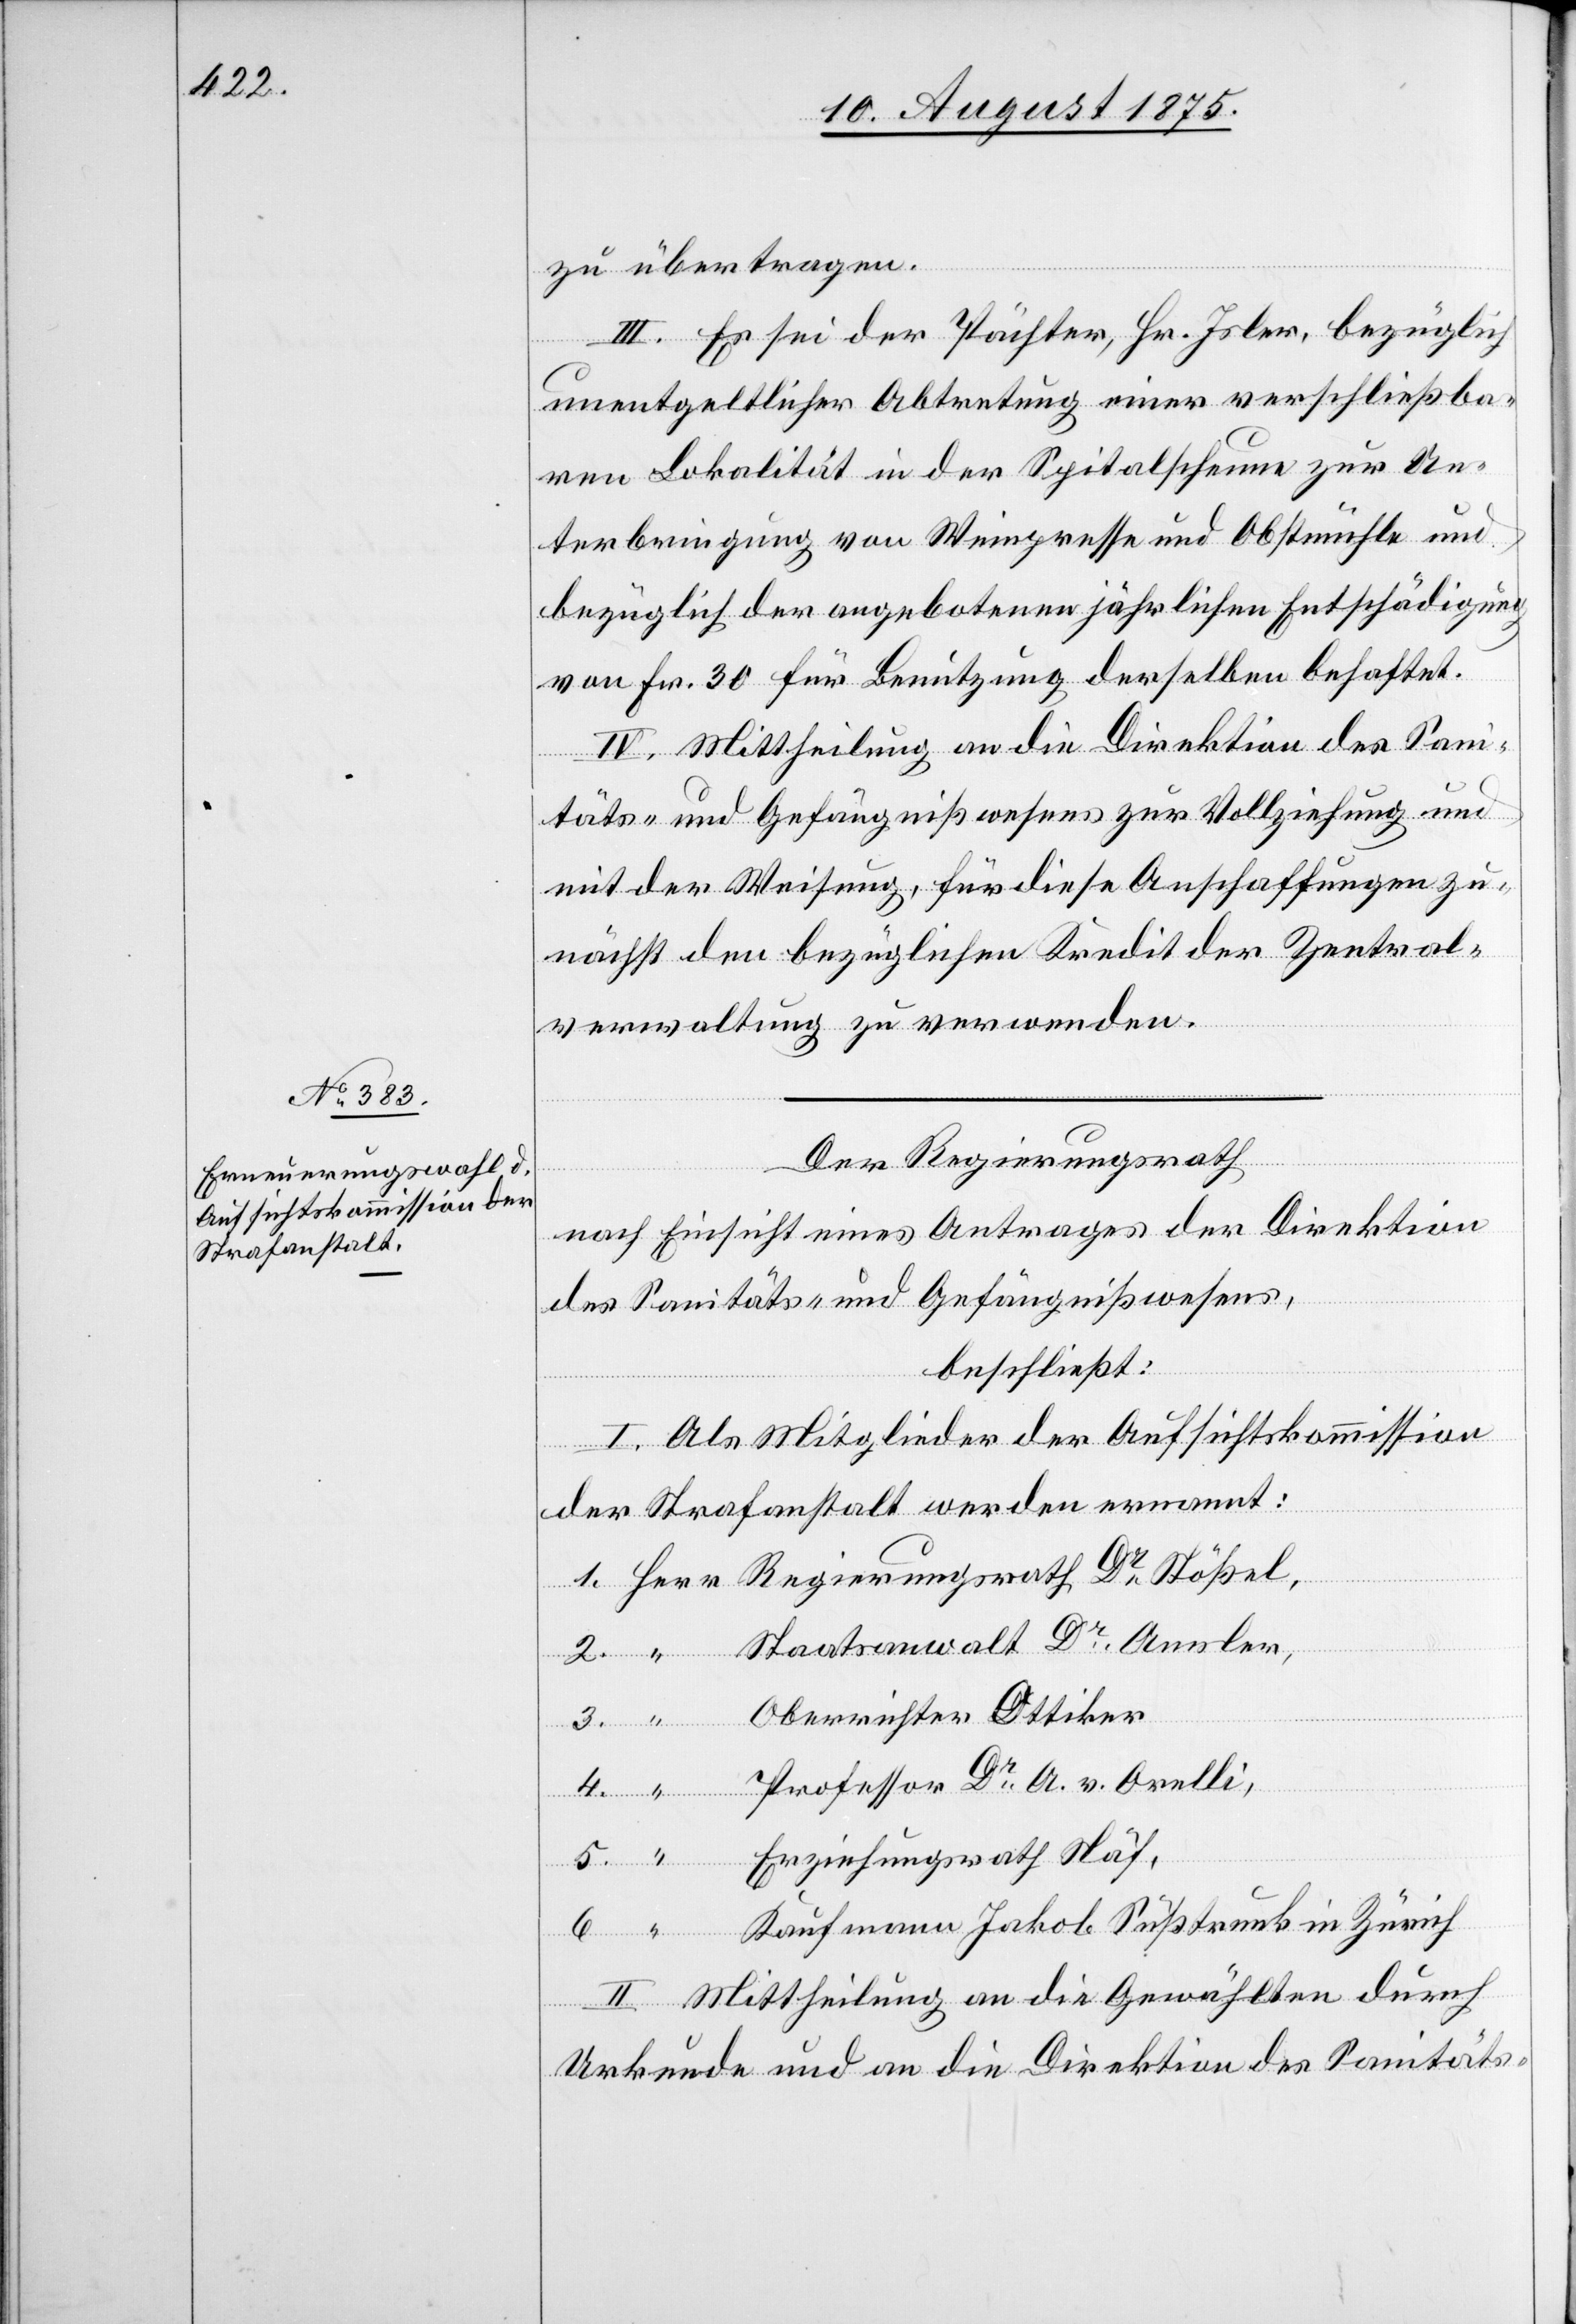
2.

zu übertragen.
III. Es sei der Pächter, Hr. Isler, bezüglich
unentgeltlicher Abtretung einer verschließba¬
ren Lokalität in der Spitalscheune zur Un¬
terbringung von Weinpresse und Obstmühle und
bezüglich der angebotenen jährlichen Entschädigung
von Fr. 30 für Benutzung derselben behaftet.
IV. Mittheilung an die Direktion des Sani¬
täts- und Gefängnißwesens zur Vollziehung und
mit der Weisung, für diese Anschaffungen zu¬
nächst den bezüglichen Kredit der Zentral¬
verwaltung zu verwenden.
Der Regierungsrath
nach Einsicht eines Antrages der Direktion
des Sanitäts- und Gefängnißwesens,
beschließt:
I. Als Mitglieder der Aufsichtskommission
der Strafanstalt werden ernannt:
Herr
Staatsanwalt Dr Amsler,
Oberrichter Ottiker
Professor Dr A. v. Orelli,
Erziehungsrath Näf,
Kaufmann Jakob Süßtrunk in Zürich
II. Mittheilung an die Gewählten durch
Urkunde und an die Direktion des Sanitäts-